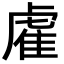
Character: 雐